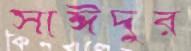
সাঈদুর